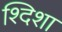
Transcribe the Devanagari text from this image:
श्दिशा